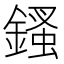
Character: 𨪊